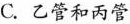
C.乙管和丙管